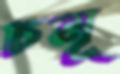
চমূ